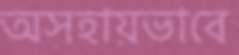
অসহায়ভাবে